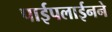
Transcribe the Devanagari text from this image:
पाईपलाईनने